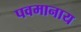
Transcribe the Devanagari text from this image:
पवमानाय